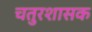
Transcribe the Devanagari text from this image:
चतुरशासक